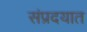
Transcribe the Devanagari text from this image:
संप्रदयात